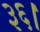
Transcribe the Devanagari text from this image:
३६।